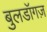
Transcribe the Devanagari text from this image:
बुलडॉगज़